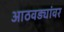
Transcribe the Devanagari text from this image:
आठवड्यांवर